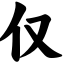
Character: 仅